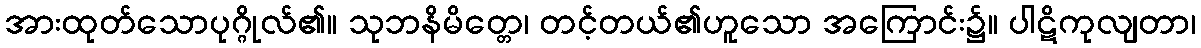
အားထုတ်သောပုဂ္ဂိုလ်၏။ သုဘနိမိတ္တေ၊ တင့်တယ်၏ဟူသော အကြောင်း၌။ ပါဋိကုလျတာ၊